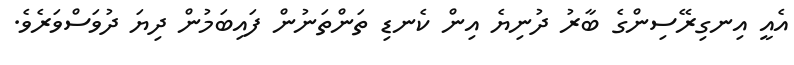
އެއީ އިނގިރޭސިންގެ ބާރު ދުނިޔެ އިން ކެނޑި ތަންތަނުން ފައިބަމުން ދިޔަ ދުވަސްވަރެވެ.